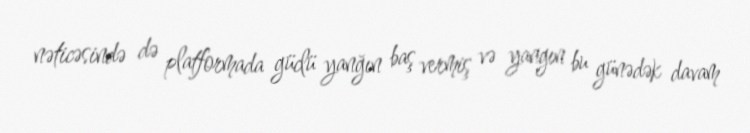
nəticəsində də platformada güclü yanğın baş vermiş və yangın bu günədək davam